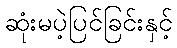
ဆုံးမပဲ့ပြင်ခြင်းနှင့်